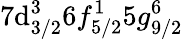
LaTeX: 7\mathrm{d}_{3/2}^{3}6f_{5/2}^{1}5g_{9/2}^{6}